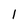
Character: 1